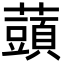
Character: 䕱